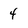
Character: 4